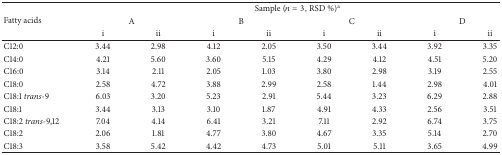
<table><thead><tr><td rowspan="3"><b>Fatty acids</b></td><td colspan="8"><b>Sample (<i>n</i> = 3, RSD %)<sup>a</sup></b></td></tr><tr><td colspan="2"><b>A</b></td><td colspan="2"><b>B</b></td><td colspan="2"><b>C</b></td><td colspan="2"><b>D</b></td></tr><tr><td><b>i</b></td><td><b>ii</b></td><td><b>i</b></td><td><b>ii</b></td><td><b>i</b></td><td><b>ii</b></td><td><b>i</b></td><td><b>ii</b></td></tr></thead><tbody><tr><td>C12:0</td><td>3.44</td><td>2.98</td><td>4.12</td><td>2.05</td><td>3.50</td><td>3.44</td><td>3.92</td><td>3.35</td></tr><tr><td>C14:0</td><td>4.21</td><td>5.60</td><td>3.60</td><td>5.15</td><td>4.29</td><td>4.12</td><td>4.51</td><td>5.20</td></tr><tr><td>C16:0</td><td>3.14</td><td>2.11</td><td>2.05</td><td>1.03</td><td>3.80</td><td>2.98</td><td>3.19</td><td>2.55</td></tr><tr><td>C18:0</td><td>2.58</td><td>4.72</td><td>3.88</td><td>2.99</td><td>2.58</td><td>1.44</td><td>2.98</td><td>4.01</td></tr><tr><td>C18:1 <i>trans</i>-9</td><td>6.03</td><td>3.20</td><td>5.23</td><td>2.91</td><td>5.44</td><td>3.23</td><td>6.29</td><td>2.88</td></tr><tr><td>C18:1</td><td>3.44</td><td>3.13</td><td>3.10</td><td>1.87</td><td>4.91</td><td>4.33</td><td>2.56</td><td>3.51</td></tr><tr><td>C18:2 <i>trans</i>-9,12</td><td>7.04</td><td>4.14</td><td>6.41</td><td>3.21</td><td>7.11</td><td>2.92</td><td>6.74</td><td>3.75</td></tr><tr><td>C18:2</td><td>2.06</td><td>1.81</td><td>4.77</td><td>3.80</td><td>4.67</td><td>3.35</td><td>5.14</td><td>2.70</td></tr><tr><td>C18:3</td><td>3.58</td><td>5.42</td><td>4.42</td><td>4.73</td><td>5.01</td><td>5.11</td><td>3.65</td><td>4.99</td></tr></tbody></table>